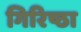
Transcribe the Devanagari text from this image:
गिरिष्ठा